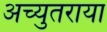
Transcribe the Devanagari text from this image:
अच्युतराया